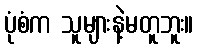
ပုံစံက သူများနဲ့မတူဘူး။